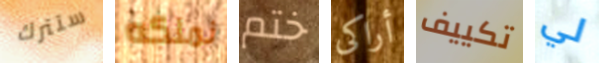
ستترك نملكه ختم أراكى تكييف لي